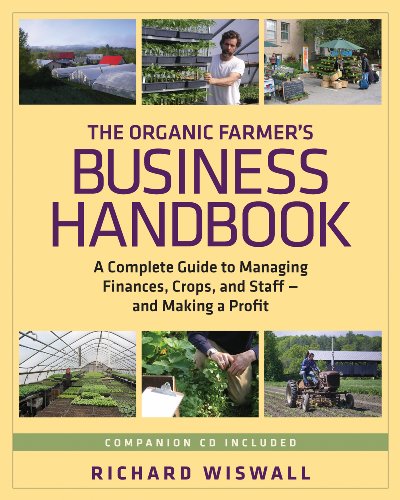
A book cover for The Organic Farmer's Business Handbook: A Complete Guide to Managing Finances, Crops, and Staff - and Making a  Profit; Richard Wiswall; Science & Math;